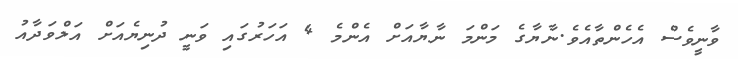
ވާނީވެސް އެހެންތާއެވެ.ނާޔާގެ މަންމަ ނާޔާއަށް އެންމެ 4 އަހަރުގައި ވަނީ ދުނިޔެއަށް އަލްވަދާއު